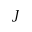
J